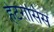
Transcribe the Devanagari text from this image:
हेटरोसिस